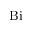
\mathrm { B i }